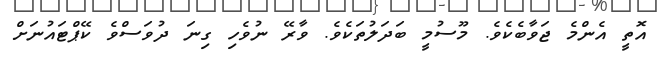
އޮތީ އެންމެ ޖަވާބެކެވެ. މޫސުމީ ބަދަލުތަކެވެ. ވާރޭ ނުވެހި ގިނަ ދުވަސްވެ ކޭޕްޓައުނަށް